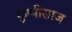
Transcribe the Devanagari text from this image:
कुप्पीसाज